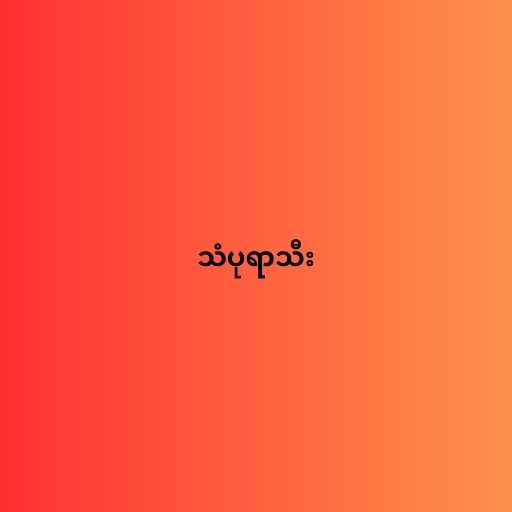
သံပုရာသီး